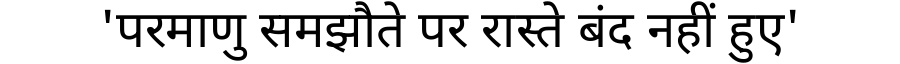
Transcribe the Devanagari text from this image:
'परमाणु समझौते पर रास्ते बंद नहीं हुए'